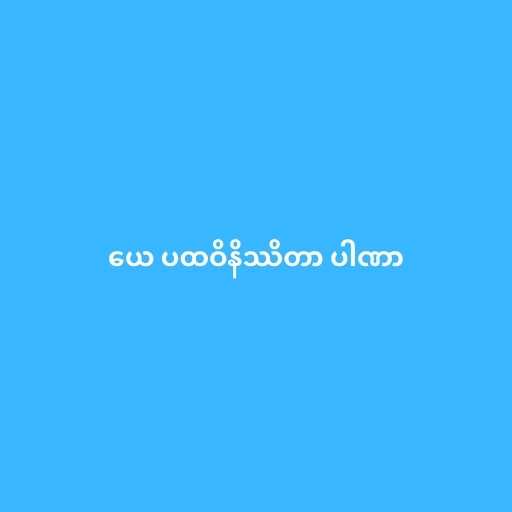
ယေ ပထဝိနိဿိတာ ပါဏာ